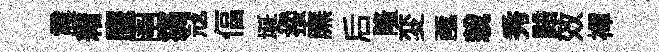
震耤鹰圉痛冦偪埏挼廡后隆変亟栽秀黯效襌